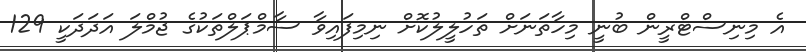
އެ މިނިސްޓްރީން ބުނީ މިހާތަނަށް ތަހުލީލުކޮށް ނިމިފައިވާ ސާމްޕަލްތަކުގެ ޖުމްލަ އަދަދަކީ 129